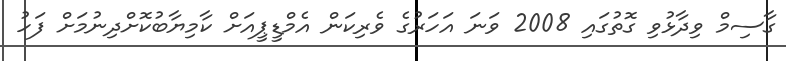
ގާސިމް ވިދާޅުވި ގޮތުގައި 2008 ވަނަ އަހަރުގެ ވެރިކަން އެމްޑީޕީއަށް ކާމިޔާބުކޮށްދިނުމަށް ފަހު